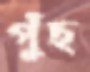
পুঁছ